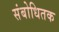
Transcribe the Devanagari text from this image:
संबोधितक